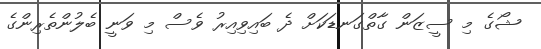
ޝޯގެ މި ސީޒަން ގާތްގަނޑަކަށް ދެ ބައިވިއިރު ވެސް މި ވަނީ ބެލުންތެރިންގެ